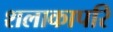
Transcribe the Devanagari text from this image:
शलाकापरि